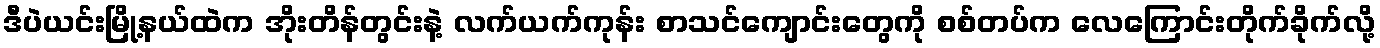
ဒီပဲယင်းမြို့နယ်ထဲက အိုးတိန်တွင်းနဲ့ လက်ယက်ကုန်း စာသင်ကျောင်းတွေကို စစ်တပ်က လေကြောင်းတိုက်ခိုက်လို့